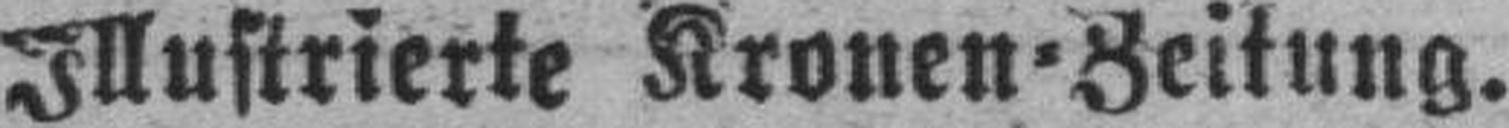
Illustrierte Kronen=Zeitung.